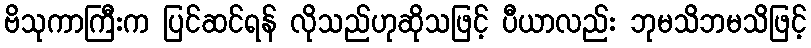
ဗိသုကာကြီးက ပြင်ဆင်ရန် လိုသည်ဟုဆိုသဖြင့် ပီယာလည်း ဘုမသိဘမသိဖြင့်